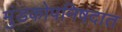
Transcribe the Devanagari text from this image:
मुंडकोपनिषदात